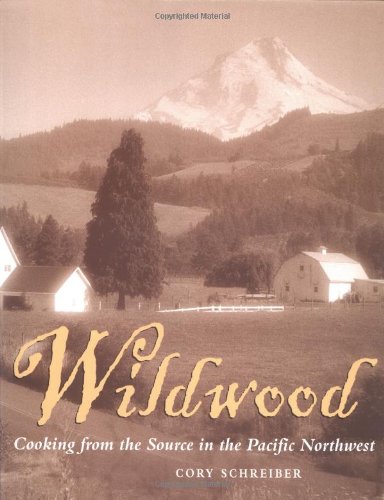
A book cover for Wildwood: Cooking from the Source in the Pacific Northwest; Cory Schreiber; Cookbooks, Food & Wine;